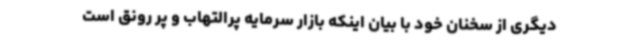
دیگری از سخنان خود با بیان اینکه بازار سرمایه پرالتهاب و پر رونق است